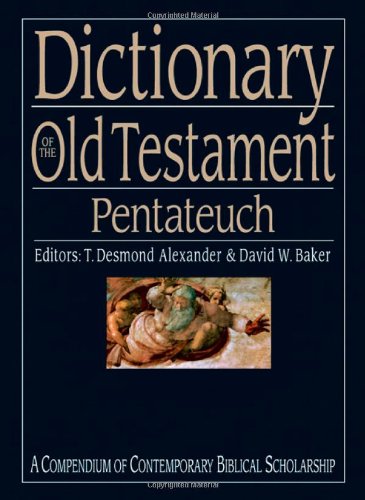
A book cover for Dictionary of the Old Testament: Pentateuch (The IVP Bible Dictionary Series); Reference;